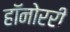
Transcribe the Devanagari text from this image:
हॉनोररी